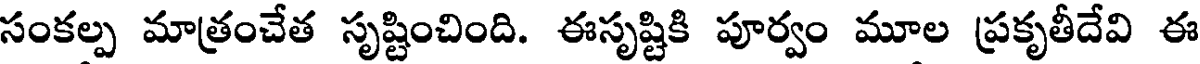
సంకల్ప మాత్రంచేత సృష్టించింది. ఈసృష్టికి పూర్వం మూల ప్రకృతీదేవి ఈ